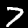
Label: 7